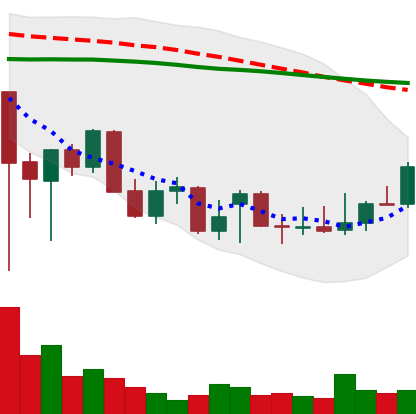
Ticker: XLM-USD
Chart end date: 2021-12-23
Forward return: -4.397%
Label: down_3_5